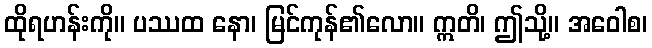
ထိုရဟန်းကို။ ပဿထ နော၊ မြင်ကုန်၏လော။ ဣတိ၊ ဤသို့။ အဝေါစ၊